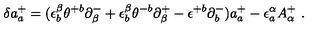
\delta a _ { a } ^ { + } = ( \epsilon _ { b } ^ { \beta } \theta ^ { + b } \partial _ { \beta } ^ { - } + \epsilon _ { b } ^ { \beta } \theta ^ { - b } \partial _ { \beta } ^ { + } - \epsilon ^ { + b } \partial _ { b } ^ { - } ) a _ { a } ^ { + } - \epsilon _ { a } ^ { \alpha } A _ { \alpha } ^ { + } \ .